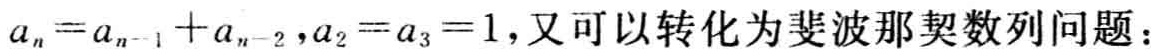
\(a_{n}=a_{n - 1}+a_{n - 2},a_{2}=a_{3}=1\)，又可以转化为斐波那契数列问题：